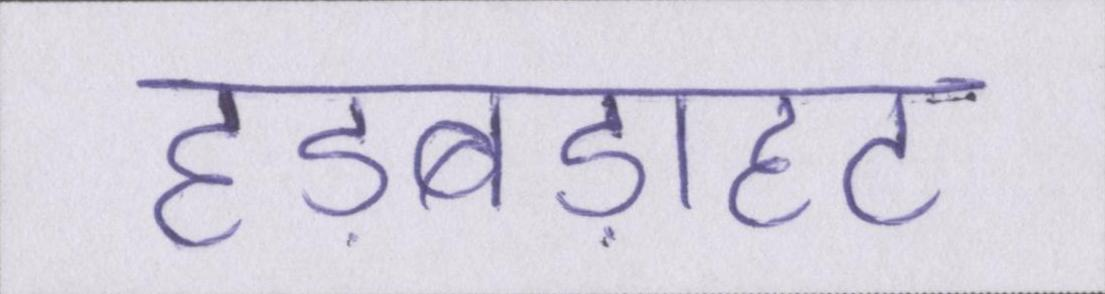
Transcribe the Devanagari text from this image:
हड़बड़ाहट